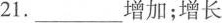
21.___增加；增长